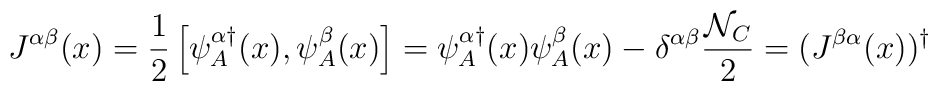
J^{\alpha\beta}(x)= {1\over2}\left[\psi^{\alpha\dagger}_A(x),\psi^{\beta}_A(x)\right]=\psi^{\alpha\dagger}_A(x)\psi^{\beta}_A(x)-\delta^{\alpha\beta}{{\cal N}_{C}\over 2}=(J^{\beta\alpha}(x))^\dagger